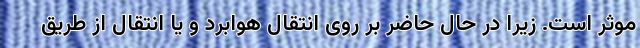
موثر است. زیرا در حال حاضر بر روی انتقال هوابرد و یا انتقال از طریق